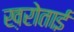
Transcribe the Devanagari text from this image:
ख़रोताई